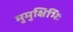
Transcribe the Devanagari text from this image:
मुमुक्षिभिः